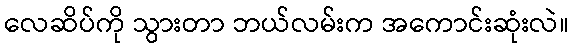
လေဆိပ်ကို သွားတာ ဘယ်လမ်းက အကောင်းဆုံးလဲ။